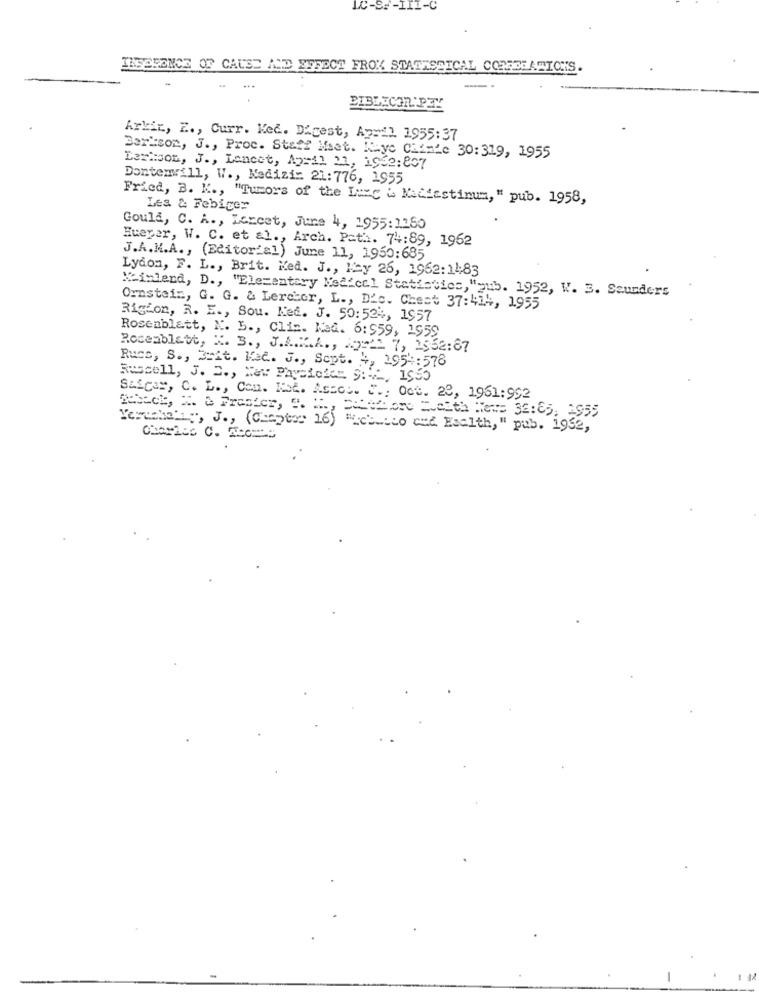
INGEFENCE OF CAUSE AND EFFECT FROM STATISSICAL CORESEATIONS.
BIBLECOR'PEY
Arkin, E ., Curr. Ked. Digest, April 1955:37
Ler:son, J ., Laneet, Apr11 21, 1962:807
Barison, J ., Proc. Staff Maet. Mayo Clinic 30: 319, 1955
Dontemwill, W ., Kedizi: 21:776, 1955
Fried, B. K ., "Tumors of the Lieg & Naciastinum, " pub. 1958,
Les & Febiger
Gould, C. A ., Lcccet, June 4, 1955:1160
Hueper, W. C. et al ., Arch. Path. 74:89, 1962
J.A.M.A ., (Editorial) June 11, 1950:685
Lydon, F. L ., Brit. Med. J ., May 26, 1962:14:83
Kinlend, D ., "Elementary Medical Statistics, "pub. 1952, W. B. Saunders
Ornstein, G. G. & Lercher, L ., Dic. Chest 37:414, 1955
Rigion, R. E ., Sou. Med. J. 50:524, 1957
Rosenblatt, K. b ., Clin. Kad. 6:559, 1959
Rosenblatt, X. 3 ., J.A.K.A ., 20-21 7, 2562:67
Ruce, S ., Belt. Kad. J ., Sept. 4, 1954:578
Russell, J. D ., New Physicien 9 :, 1950
Saica#, C. L ., Con. Kot. Assoo. C .: Oct. 28, 1961:992
Cashore Faith He == 36:85, 2955
Verashelly, J ., (Chapter 16) Wichecco and Eselth, " pub. 1962,